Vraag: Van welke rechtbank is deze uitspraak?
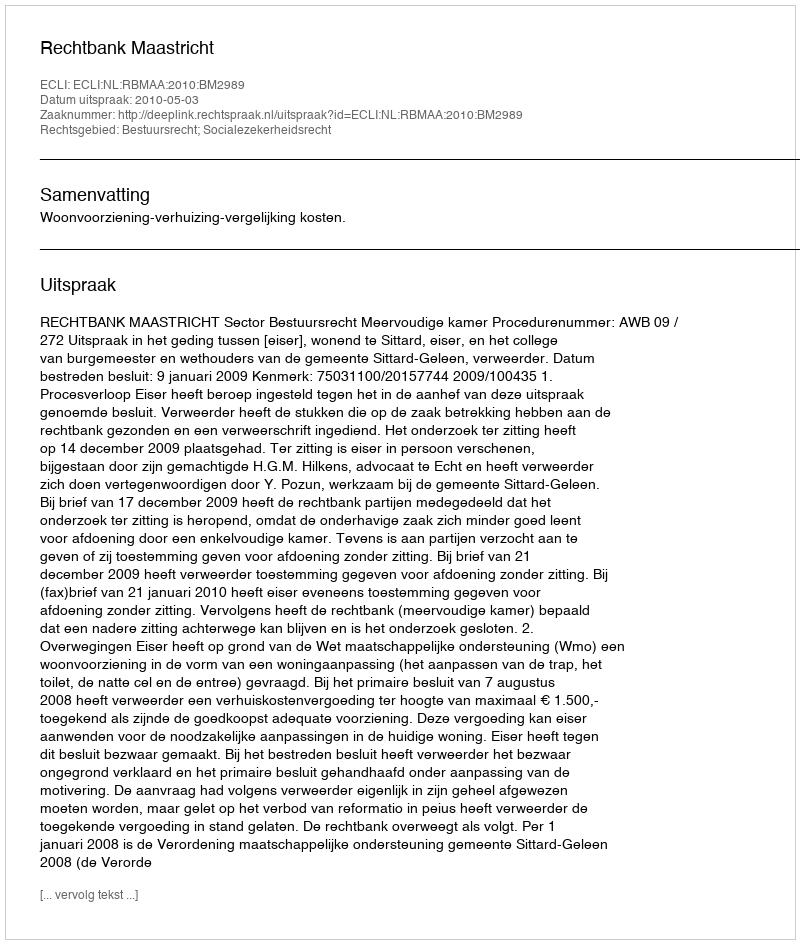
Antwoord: Rechtbank Maastricht